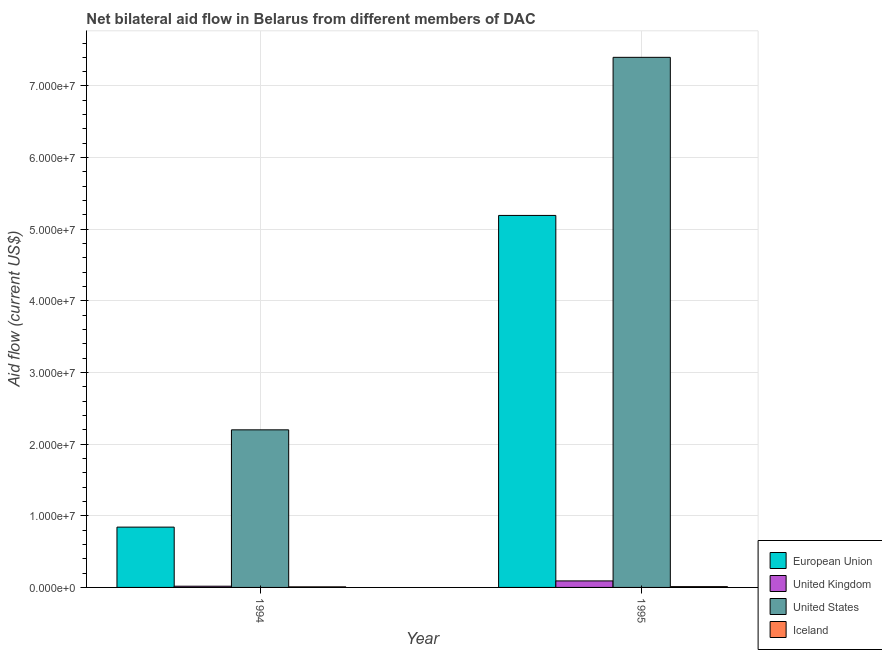
| Year | European Union | United Kingdom | United States | Iceland |
 | --- | --- | --- | --- | --- |
 | 1994 | 8.42e+06 | 1.7e+05 | 2.2e+07 | 8e+04 |
 | 1995 | 5.19e+07 | 9.1e+05 | 7.4e+07 | 1.1e+05 |